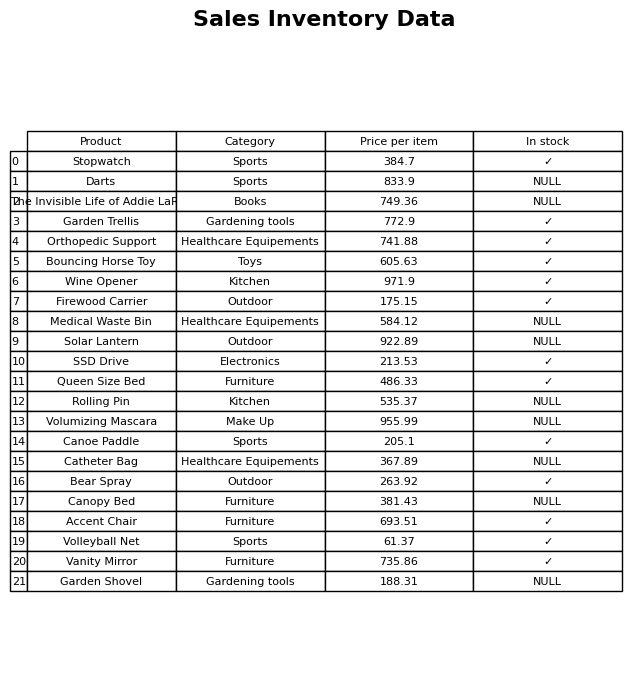
question: What is the price of the Medical Waste Bin?
answer: The price of Medical Waste Bin is 584.12.